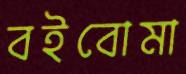
বইবোমা